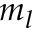
m _ { l }